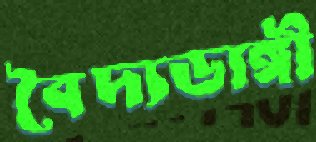
বৈদ্যডাঙ্গী